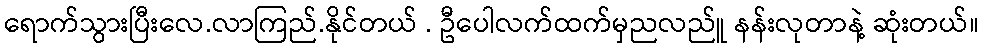
ရောက်သွားပြီးလေ.လာကြည်.နိုင်တယ် . ဦပေါလက်ထက်မှညလည်ူ နန်းလုတာနဲ့ ဆုံးတယ်။